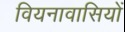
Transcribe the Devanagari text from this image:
वियनावासियों